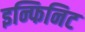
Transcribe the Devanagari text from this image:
इन्फिनिट